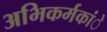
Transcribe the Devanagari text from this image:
अभिकर्मकांे